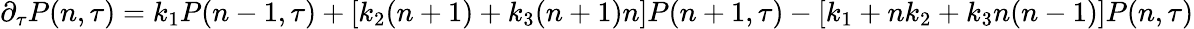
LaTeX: \partial_{\tau}P(n,\tau)=k_{1}P(n-1,\tau)+[k_{2}(n+1)+k_{3}(n+1)n]P(n+1,\tau)-\left[k_{1}+nk_{2}+k_{3}n(n-1)\right]P(n,\tau)